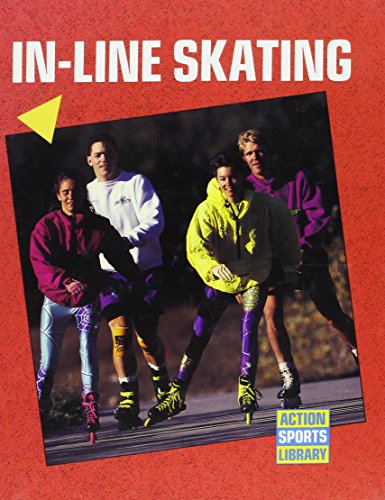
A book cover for In-Line Skating (Action Sports Library); Bob Italia; Sports & Outdoors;